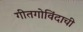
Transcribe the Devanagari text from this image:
गीतगोविंदाची